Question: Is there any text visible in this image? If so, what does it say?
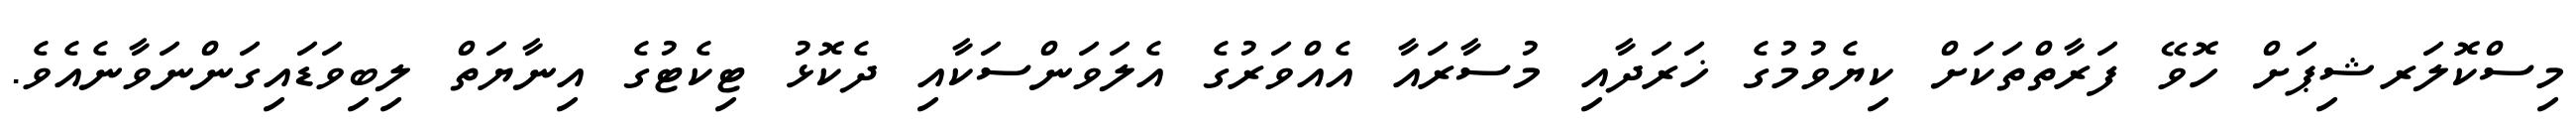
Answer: މިސްކޮލަރޝިޕަށް ހޮވޭ ފަރާތްތަކަށް ކިޔެވުމުގެ ޚަރަދާއި މުސާރައާ އެއްވަރުގެ އެލަވަންސަކާއި ދެކޮޅު ޓިކެޓުގެ އިނާޔަތް ލިބިވަޑައިގަންނަވާނެއެވެ.